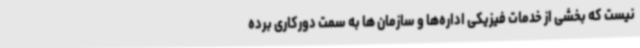
نیست که بخشی از خدمات فیزیکی اداره‌ها و سازمان ها به سمت دورکاری برده